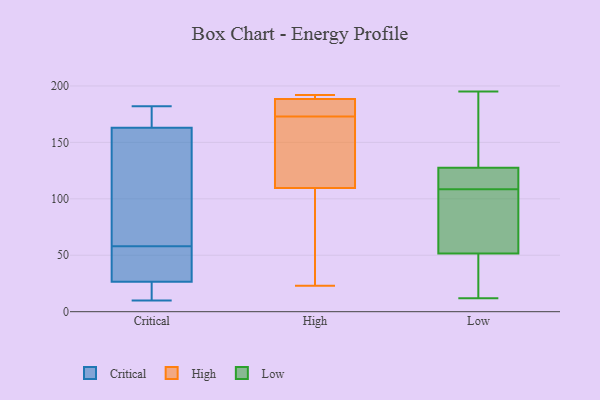
{"axis": {"x": "Website Visitors", "y": "Value"}, "legend": ["Critical", "High", "Low"], "data": [{"x": "", "y": 173, "type": "Critical"}, {"x": "", "y": 22, "type": "Critical"}, {"x": "", "y": 42, "type": "Critical"}, {"x": "", "y": 26, "type": "Critical"}, {"x": "", "y": 155, "type": "Critical"}, {"x": "", "y": 29, "type": "Critical"}, {"x": "", "y": 171, "type": "Critical"}, {"x": "", "y": 91, "type": "Critical"}, {"x": "", "y": 44, "type": "Critical"}, {"x": "", "y": 182, "type": "Critical"}, {"x": "", "y": 10, "type": "Critical"}, {"x": "", "y": 27, "type": "Critical"}, {"x": "", "y": 115, "type": "Critical"}, {"x": "", "y": 72, "type": "Critical"}, {"x": "", "y": 173, "type": "Critical"}, {"x": "", "y": 20, "type": "Critical"}, {"x": "", "y": 189, "type": "High"}, {"x": "", "y": 187, "type": "High"}, {"x": "", "y": 104, "type": "High"}, {"x": "", "y": 23, "type": "High"}, {"x": "", "y": 61, "type": "High"}, {"x": "", "y": 126, "type": "High"}, {"x": "", "y": 189, "type": "High"}, {"x": "", "y": 192, "type": "High"}, {"x": "", "y": 173, "type": "High"}, {"x": "", "y": 181, "type": "High"}, {"x": "", "y": 141, "type": "High"}, {"x": "", "y": 109, "type": "Low"}, {"x": "", "y": 23, "type": "Low"}, {"x": "", "y": 71, "type": "Low"}, {"x": "", "y": 22, "type": "Low"}, {"x": "", "y": 145, "type": "Low"}, {"x": "", "y": 189, "type": "Low"}, {"x": "", "y": 71, "type": "Low"}, {"x": "", "y": 181, "type": "Low"}, {"x": "", "y": 48, "type": "Low"}, {"x": "", "y": 108, "type": "Low"}, {"x": "", "y": 195, "type": "Low"}, {"x": "", "y": 12, "type": "Low"}, {"x": "", "y": 109, "type": "Low"}, {"x": "", "y": 124, "type": "Low"}, {"x": "", "y": 127, "type": "Low"}, {"x": "", "y": 109, "type": "Low"}, {"x": "", "y": 55, "type": "Low"}, {"x": "", "y": 16, "type": "Low"}, {"x": "", "y": 86, "type": "Low"}, {"x": "", "y": 128, "type": "Low"}]}